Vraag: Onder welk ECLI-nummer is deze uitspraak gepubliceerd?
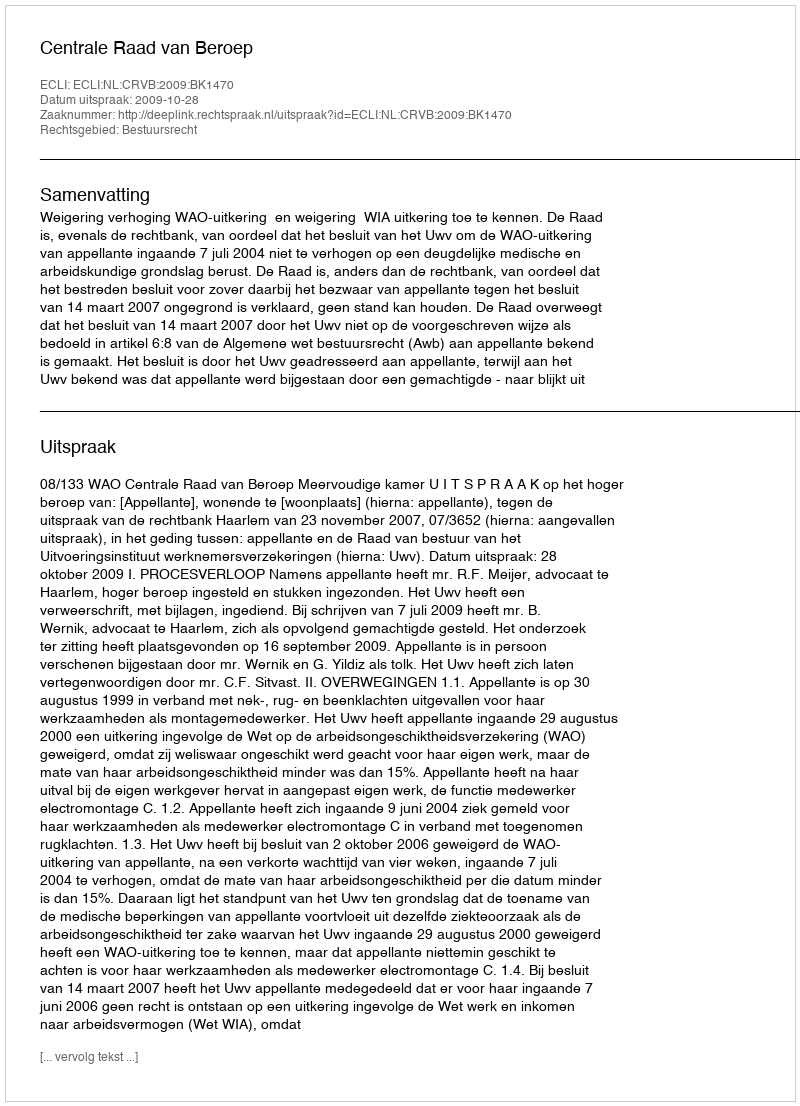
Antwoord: ECLI:NL:CRVB:2009:BK1470